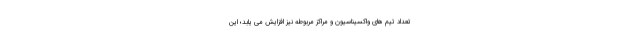
تعداد تیم های واکسیناسیون و مراکز مربوطه نیز افزایش می یابد؛ این